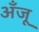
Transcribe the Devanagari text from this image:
अँजू